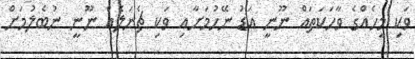
ވަކި މީހެއްގެ ވާހަކަތައް ނޫނީ އަޑު ނޭހުމަށާއި ވަކި ޗެނަލެއް ނޫނީ ނުބެލުމަށް